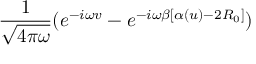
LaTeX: \frac { 1 } { \sqrt { 4 \pi \omega } } ( e ^ { - i \omega v } - e ^ { - i \omega \beta [ \alpha ( u ) - 2 R _ { 0 } ] } )